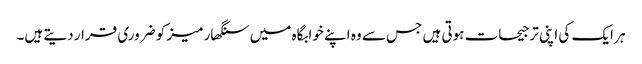
ہر ایک کی اپنی ترجیحات ہوتی ہیں جس سے وہ اپنے خوابگاہ میں سنگھار میز کو ضروری قرار دیتے ہیں۔